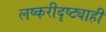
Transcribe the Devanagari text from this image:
लष्करीदृष्ट्याही